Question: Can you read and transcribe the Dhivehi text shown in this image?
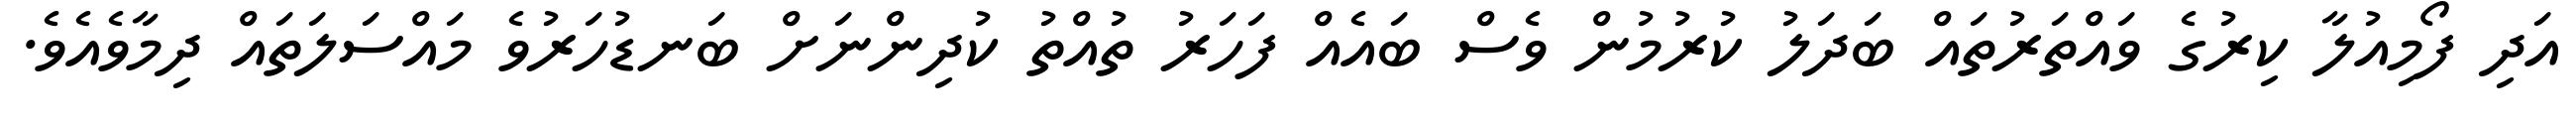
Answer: އަދި ފޯމިއުލާ ކިރުގެ ވައްތަރުތައް ބަދަލު ކުރުމުން ވެސް ބައެއް ފަހަރު ތުއްތު ކުދިންނަށް ބަނޑުހަރުވެ މައްސަލަތައް ދިމާވެއެވެ.